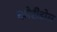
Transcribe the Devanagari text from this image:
कोरीडोरा